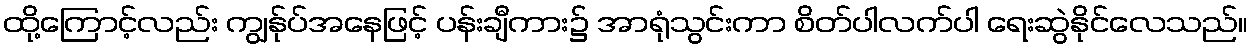
ထို့ကြောင့်လည်း ကျွန်ုပ်အနေဖြင့် ပန်းချီကား၌ အာရုံသွင်းကာ စိတ်ပါလက်ပါ ရေးဆွဲနိုင်လေသည်။